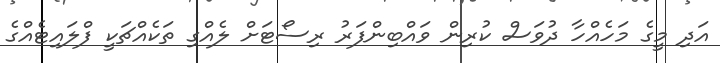
އަދި މީގެ މަހެއްހާ ދުވަސް ކުރިން ވައްބިންފަރު ރިސޯޓަށް ލެއްގި ތަކެއްޗަކީ ފްލައިޓެއްގެ